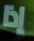
إذا